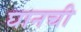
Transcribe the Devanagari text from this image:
घानची